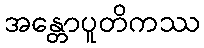
အန္တောပူတိကဿ